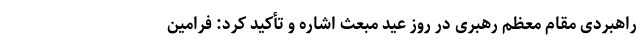
راهبردی مقام معظم رهبری در روز عید مبعث اشاره و تأکید کرد: فرامین